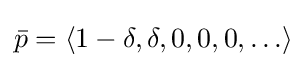
{\bar {p}}=\langle 1-\delta ,\delta ,0,0,0,\ldots \rangle